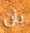
بأن